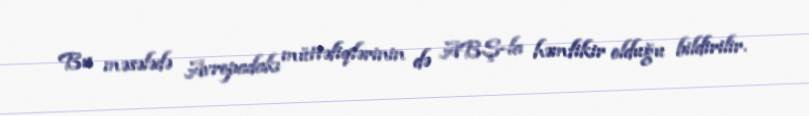
Bu məsələdə Avropadakı müttəfiqlərinin də ABŞ-la həmfikir olduğu bildirilir.